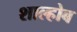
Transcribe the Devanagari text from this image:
शाल्होब